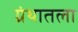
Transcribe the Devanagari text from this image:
ग्रंथातला